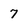
Character: 7